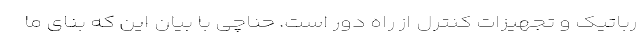
رباتیک و تجهیزات کنترل از راه دور است. حناچی با بیان این که بنای ما